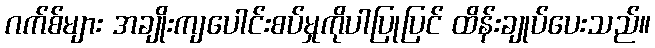
ဂက်စ်များ အချိုးကျပေါင်းစပ်မှုကိုပါပြုပြင် ထိန်းချုပ်ပေးသည်။